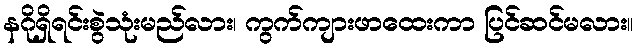
နဂိုရှိရင်းစွဲသုံးမည်လား၊ ကွက်ကျားဖာထေးကာ ပြင်ဆင်မလား။